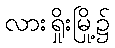
လားရှိုးမြို့၌